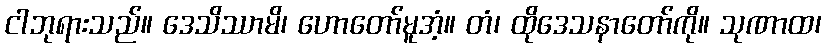
ငါဘုရားသည်။ ဒေသိဿာမိ၊ ဟောတော်မူအံ့။ တံ၊ ထိုဒေသနာတော်ကို။ သုဏာထ၊